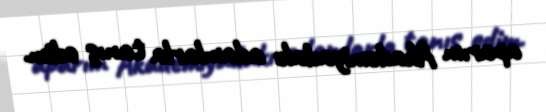
aparım Akademiyadakı adamlarla tanış edim.